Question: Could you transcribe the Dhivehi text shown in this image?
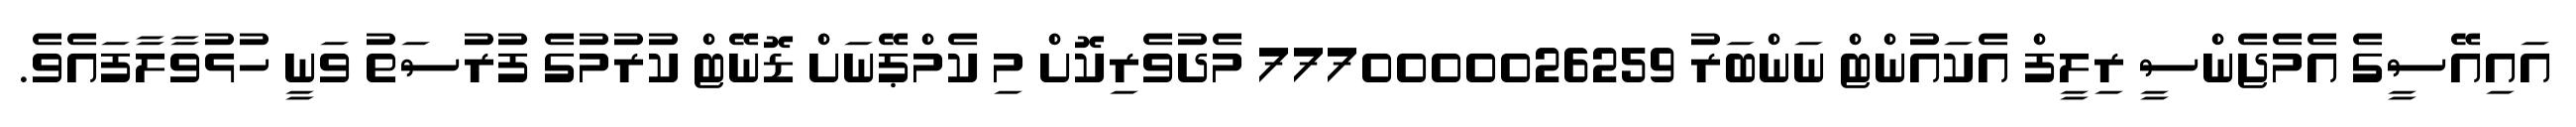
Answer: އައިއޭސީގެ އެމެޖެންސީ ރިލީފް އެކައުންޓް ނަންބަރު 7770000026259 މެދުވެރިކޮށް މި ކެމްޕޭނަށް ޑޮނޭޓް ކުރުމުގެ ފުރުސަތު ވަނީ ހުޅުވާލާފައެވެ.